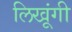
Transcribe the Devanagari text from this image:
लिखूंगी